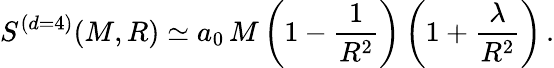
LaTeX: S^{(d=4)}(M,R)\simeq a_{0}\, M\left(1-\frac{1}{R^{2}}\right)\left(1+\frac{\lambda}{R^{2}}\right)\, .